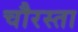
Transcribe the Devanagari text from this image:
चौरस्ता